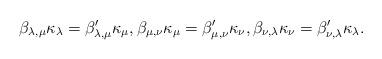
LaTeX: \begin{align*}\beta_{\lambda,\mu} \kappa_\lambda = \beta'_{\lambda,\mu} \kappa_\mu,\beta_{\mu,\nu} \kappa_\mu = \beta'_{\mu,\nu} \kappa_\nu,\beta_{\nu,\lambda} \kappa_\nu = \beta'_{\nu,\lambda} \kappa_\lambda.\end{align*}